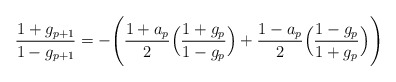
\begin{align*}\frac{1+g_{p+1}}{1-g_{p+1}}=-\Biggl(\frac{1+a_p}{2}\Bigl(\frac{1+g_p}{1-g_p}\Bigr)+\frac{1-a_p}{2}\Bigl(\frac{1-g_p}{1+g_p}\Bigr)\Biggr)\end{align*}